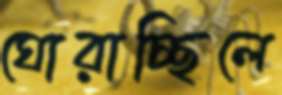
ঘোরাচ্ছিলে